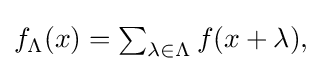
{\textstyle f_{\Lambda }(x)=\sum _{\lambda \in \Lambda }f(x+\lambda ),}